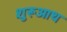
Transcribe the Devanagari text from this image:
शुरूआथ